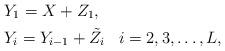
LaTeX: \begin{align*}&Y_1=X+Z_1,\\&Y_i=Y_{i-1}+\tilde{Z}_i \;\;\;i=2,3,\ldots,L,\end{align*}